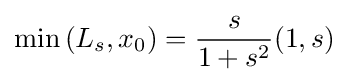
\min \left(L_{s},x_{0}\right)={\frac {s}{1+s^{2}}}(1,s)